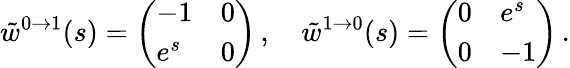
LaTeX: \tilde{w}^{0\to 1}(s)=\left(\begin{array}{ll}{-1}&{0}\\ {e^{s}}&{0}\end{array}\right)\, ,\quad\tilde{w}^{1\to 0}(s)=\left(\begin{array}{ll}{0}&{e^{s}}\\ {0}&{-1}\end{array}\right)\, .